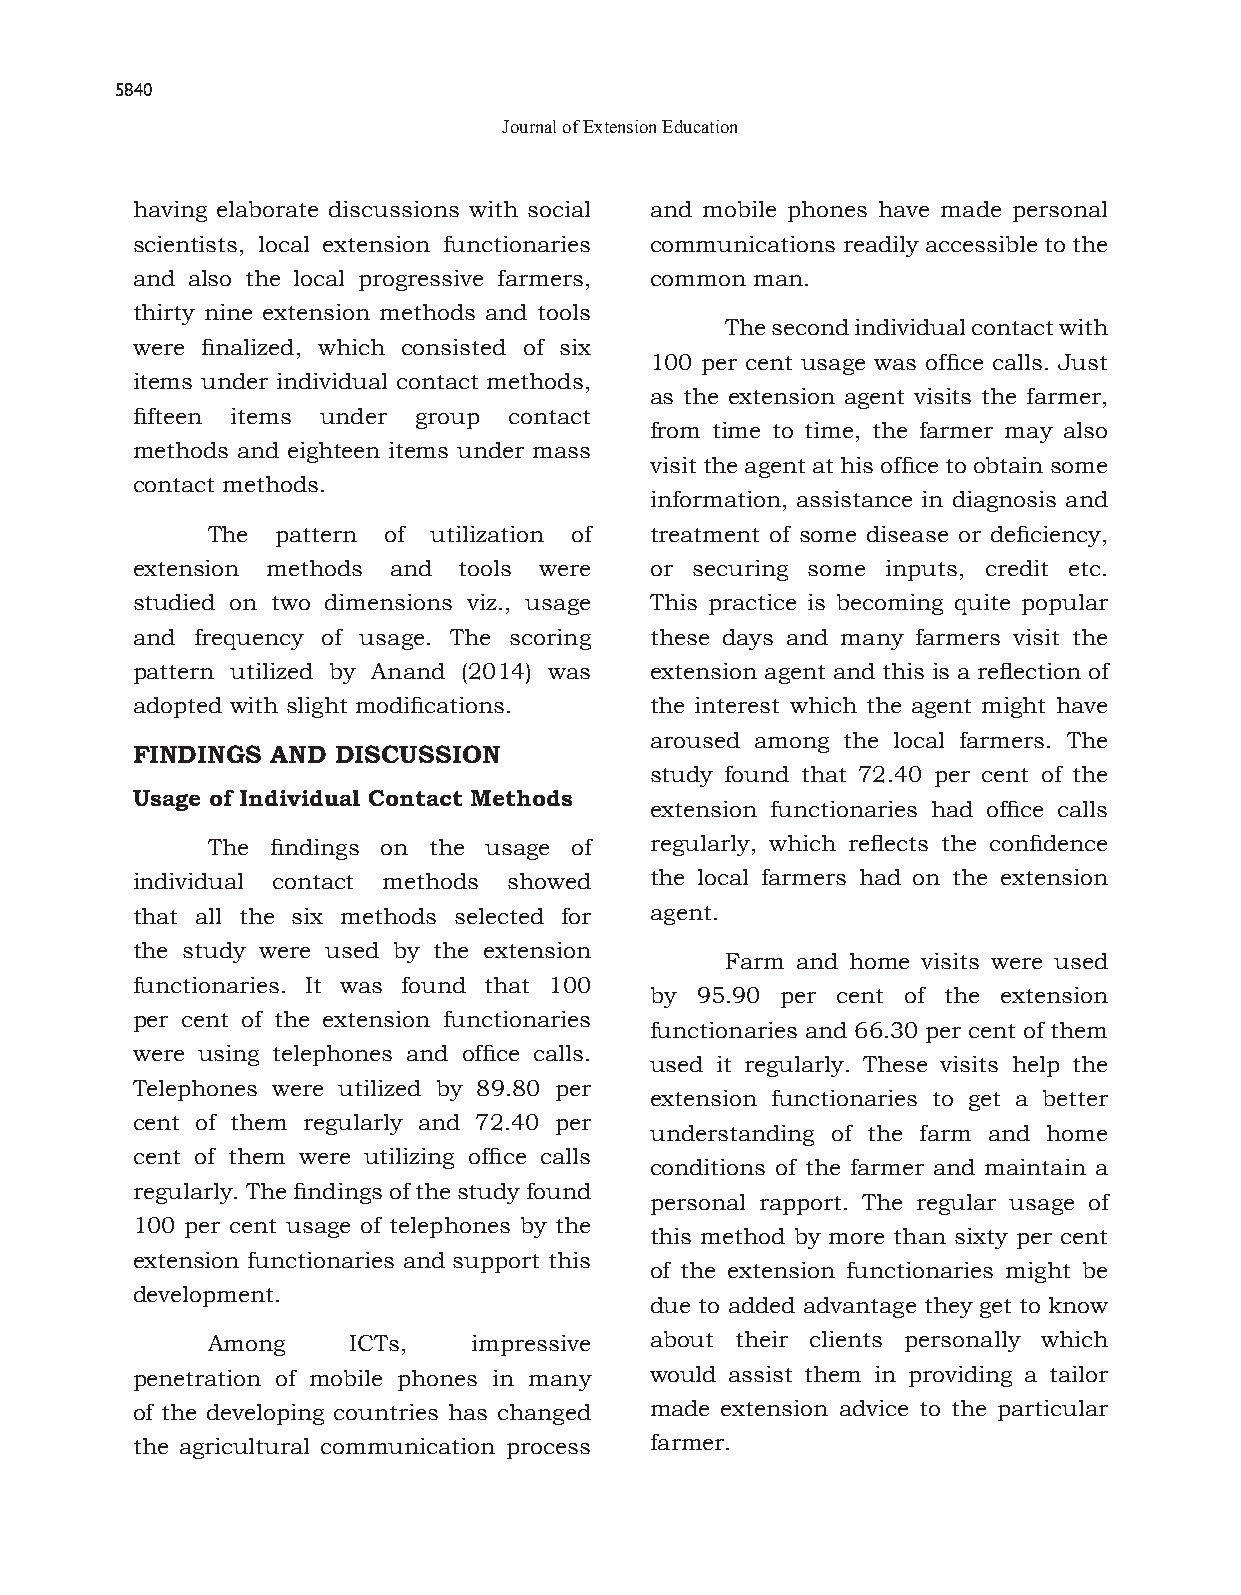
5840
 Journal of Extension Education
 having elaborate discussions with social and mobile phones have made personal
 scientists, local extension functionaries communications readily accessible to the
 and also the local progressive farmers, common man.
 thirty nine extension methods and tools
 The second individual contact with
 were finalized, which consisted of six
 100 per cent usage was office calls. Just
 items under individual contact methods,
 as the extension agent visits the farmer,
 fifteen items under group contact
 from time to time, the farmer may also
 methods and eighteen items under mass
 visit the agent at his office to obtain some
 contact methods.
 information, assistance in diagnosis and
 The pattern of utilization of treatment of some disease or deficiency,
 extension methods and tools were  or securing some inputs, credit etc.
 studied on two dimensions viz., usage This practice is becoming quite popular
 and frequency of usage. The scoring these days and many farmers visit the
 pattern utilized by Anand (2014) was extension agent and this is a reflection of
 adopted with slight modifications. the interest which the agent might have
 aroused among the local farmers. The
 FINDINGS AND DISCUSSION
 study found that 72.40 per cent of the
 Usage of Individual Contact Methods
 extension functionaries had office calls
 The findings on the usage of regularly, which reflects the confidence
 individual contact methods showed the local farmers had on the extension
 that all the six methods selected for agent.
 the study were used by the extension
 Farm and home visits were used
 functionaries. It was found that 100
 by 95.90 per cent of the extension
 per cent of the extension functionaries
 functionaries and 66.30 per cent of them
 were using telephones and office calls.
 used it regularly. These visits help the
 Telephones were utilized by 89.80 per
 extension functionaries to get a better
 cent of them regularly and 72.40 per
 understanding of the farm and home
 cent of them were utilizing office calls
 conditions of the farmer and maintain a
 regularly. The findings of the study found
 personal rapport. The regular usage of
 100 per cent usage of telephones by the
 this method by more than sixty per cent
 extension functionaries and support this
 of the extension functionaries might be
 development.
 due to added advantage they get to know
 Among    ICTs,   impressive  about their clients personally which
 penetration of mobile phones in many would assist them in providing a tailor
 of the developing countries has changed made extension advice to the particular
 the agricultural communication process farmer.